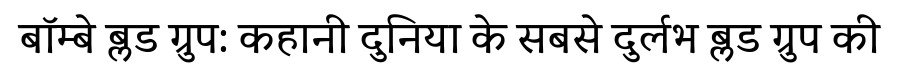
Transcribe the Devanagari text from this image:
बॉम्बे ब्लड ग्रुप: कहानी दुनिया के सबसे दुर्लभ ब्लड ग्रुप की